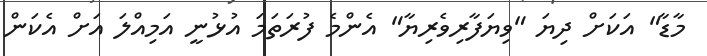
މާޑާ" އަކަށް ދިޔަ "ވިޔަފާރިވެރިޔާ" އެންމެ ފުރަތަމަ އުޅުނީ އަމިއްލަ އަށް އެކަން